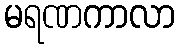
မရဏကာလာ